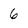
Character: 6